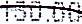
130.00